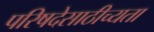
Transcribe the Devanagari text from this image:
परिषदेसाठीच्यता